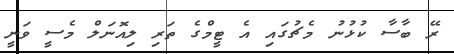
ރޭ ބާސާ ކުޅުނު މެޗުގައި އެ ޓީމްގެ ތަރި ލިއޮނަލް މެސީ ވަނީ